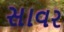
સાવર